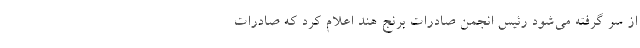
از سر گرفته می‌شود رئیس انجمن صادرات برنج هند اعلام کرد که صادرات